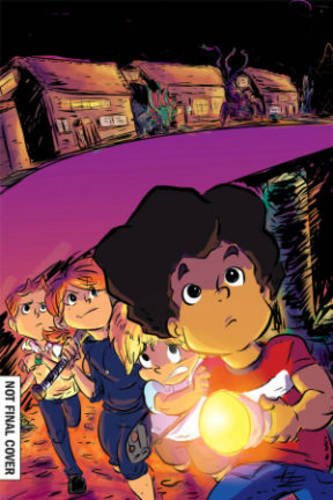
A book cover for Alabaster Shadows; Matt Gardner; Comics & Graphic Novels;